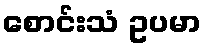
စောင်းသံ ဥပမာ